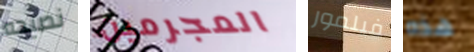
نصيحه المجرمين فيلمور هذه